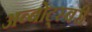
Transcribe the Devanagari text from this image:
अब्बोट्स्बरी